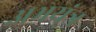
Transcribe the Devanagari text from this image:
अभयंत्र